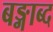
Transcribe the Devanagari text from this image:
बङ्गाब्द